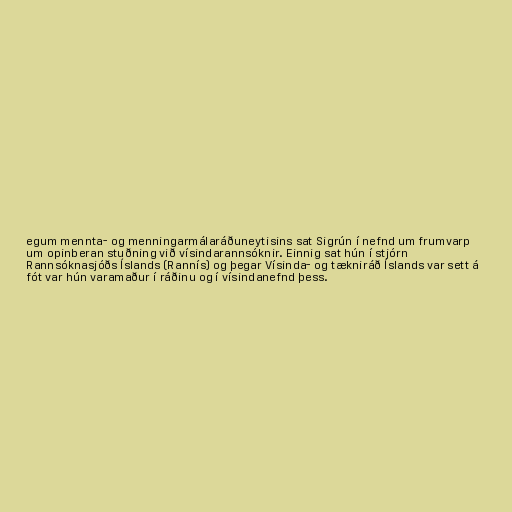
egum mennta- og menningarmálaráðuneytisins sat Sigrún í nefnd um frumvarp
um opinberan stuðning við vísindarannsóknir. Einnig sat hún í stjórn
Rannsóknasjóðs Íslands (Rannís) og þegar Vísinda- og tækniráð Íslands var sett á
fót var hún varamaður í ráðinu og í vísindanefnd þess.